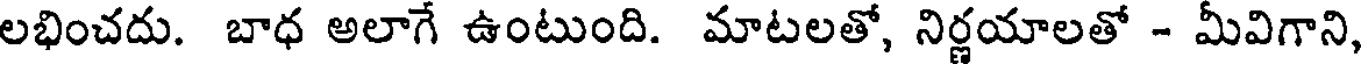
లభించదు. బాధ అలాగే ఉంటుంది. మాటలతో, నిర్ణయాలతో - మీవిగాని,